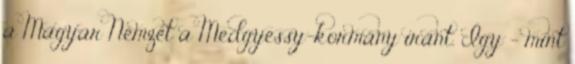
a Magyar Nemzet a Medgyessy-kormány iránt. Így - mint